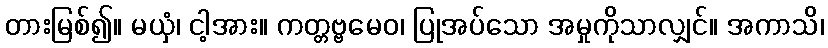
တားမြစ်၍။ မယှံ၊ ငါ့အား။ ကတ္တဗ္ဗမေဝ၊ ပြုအပ်သော အမှုကိုသာလျှင်။ အကာသိ၊